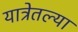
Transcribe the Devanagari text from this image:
यात्रेतल्या